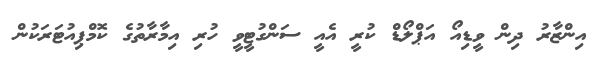
އިންޒާރު ދިން ވީޑިއޯ އަޕްލޯޑް ކުރީ އެއީ ސަންގުޓީވީ ހުރި އިމާރާތުގެ ކޮމްޕިއުޓަރަކުން